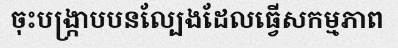
ចុះបង្ក្រាបបនល្បែងដែលធ្វើសកម្មភាព